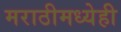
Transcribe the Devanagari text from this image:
मराठीमध्येही